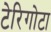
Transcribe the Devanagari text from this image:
टेरिगोटा